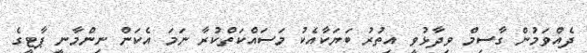
ދެއްވަމުން ގާސިމް ވިދާޅުވީ އިތުރު ބަޔަކާއެކު މަސައްކަތްކުރާ ނަމަ އެކަން ނިންމާނީ ޕާޓީގެ